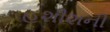
હશીશની